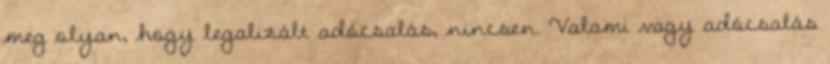
meg olyan, hogy legalizált adócsalás, nincsen. Valami vagy adócsalás